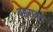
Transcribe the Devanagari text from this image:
बहरावर